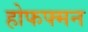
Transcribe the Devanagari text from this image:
होफफ्मन